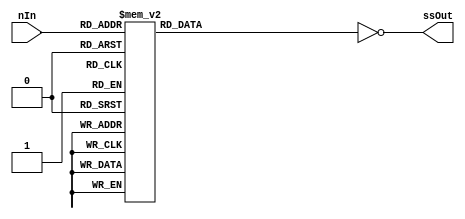
module SevenSegmentDisplayDecoder(ssOut, nIn);
  output [6:0] ssOut;
  reg [6:0] ssOut_tmp;
  input [3:0] nIn;

  // ssOut format {g, f, e, d, c, b, a}

  always @*
    case (nIn)
      4'h0: ssOut_tmp = 7'b0111111;
      4'h1: ssOut_tmp = 7'b0000110;
      4'h2: ssOut_tmp = 7'b1011011;
      4'h3: ssOut_tmp = 7'b1001111;
      4'h4: ssOut_tmp = 7'b1100110;
      4'h5: ssOut_tmp = 7'b1101101;
      4'h6: ssOut_tmp = 7'b1111101;
      4'h7: ssOut_tmp = 7'b0000111;
      4'h8: ssOut_tmp = 7'b1111111;
      4'h9: ssOut_tmp = 7'b1101111;
      4'hA: ssOut_tmp = 7'b1110111;
      4'hB: ssOut_tmp = 7'b1111100;
      4'hC: ssOut_tmp = 7'b0111001;
      4'hD: ssOut_tmp = 7'b1011110;
      4'hE: ssOut_tmp = 7'b1111001;
      4'hF: ssOut_tmp = 7'b1110001;
    endcase
	assign ssOut = ~ssOut_tmp;
endmodule